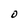
Character: O